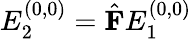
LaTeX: E_{2}^{(0,0)}=\hat{\textbf{F}}E_{1}^{(0,0)}